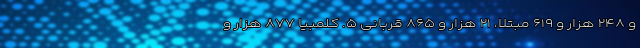
و ۲۴۸ هزار و ۶۱۹ مبتلا، ۲۱ هزار و ۸۶۵ قربانی ۵. کلمبیا ۸۷۷ هزار و